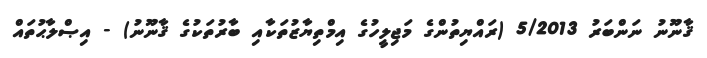
ޤާނޫނު ނަންބަރު 5/2013 (ރައްޔިތުންގެ މަޖިލީހުގެ އިމްތިޔާޒުތަކާއި ބާރުތަކުގެ ޤާނޫނު) - އިޞްލާޙުތައް